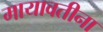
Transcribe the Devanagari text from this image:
मायावतीना